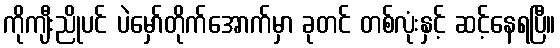
ကိုကျီးညိုပင် ပဲမှော်တိုက်အောက်မှာ ခုတင် တစ်လုံးနှင့် ဆင့်နေရပြီ။